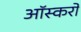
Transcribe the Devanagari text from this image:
ऑस्करों